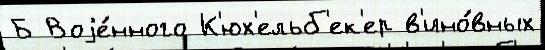
Б Воjе́нного К'юх'ельб'ек'ер в'ино́вных